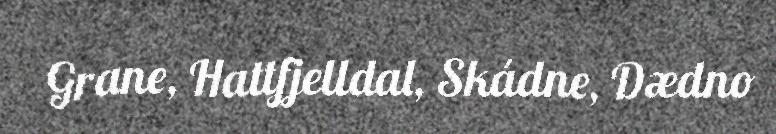
Grane, Hattfjelldal, Skádne, Dædno